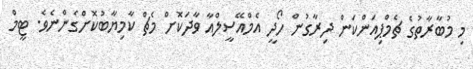
މި މުބާރާތުގެ ޗެމްޕިއަންކަން ދިރާގުން ހޯދީ އެމްއޭސީލްއާ ވާދަކޮށް މެޗް ކާމިޔާބުކޮށްގެންނެވެ. ޓީމް